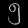
Digit: ၅